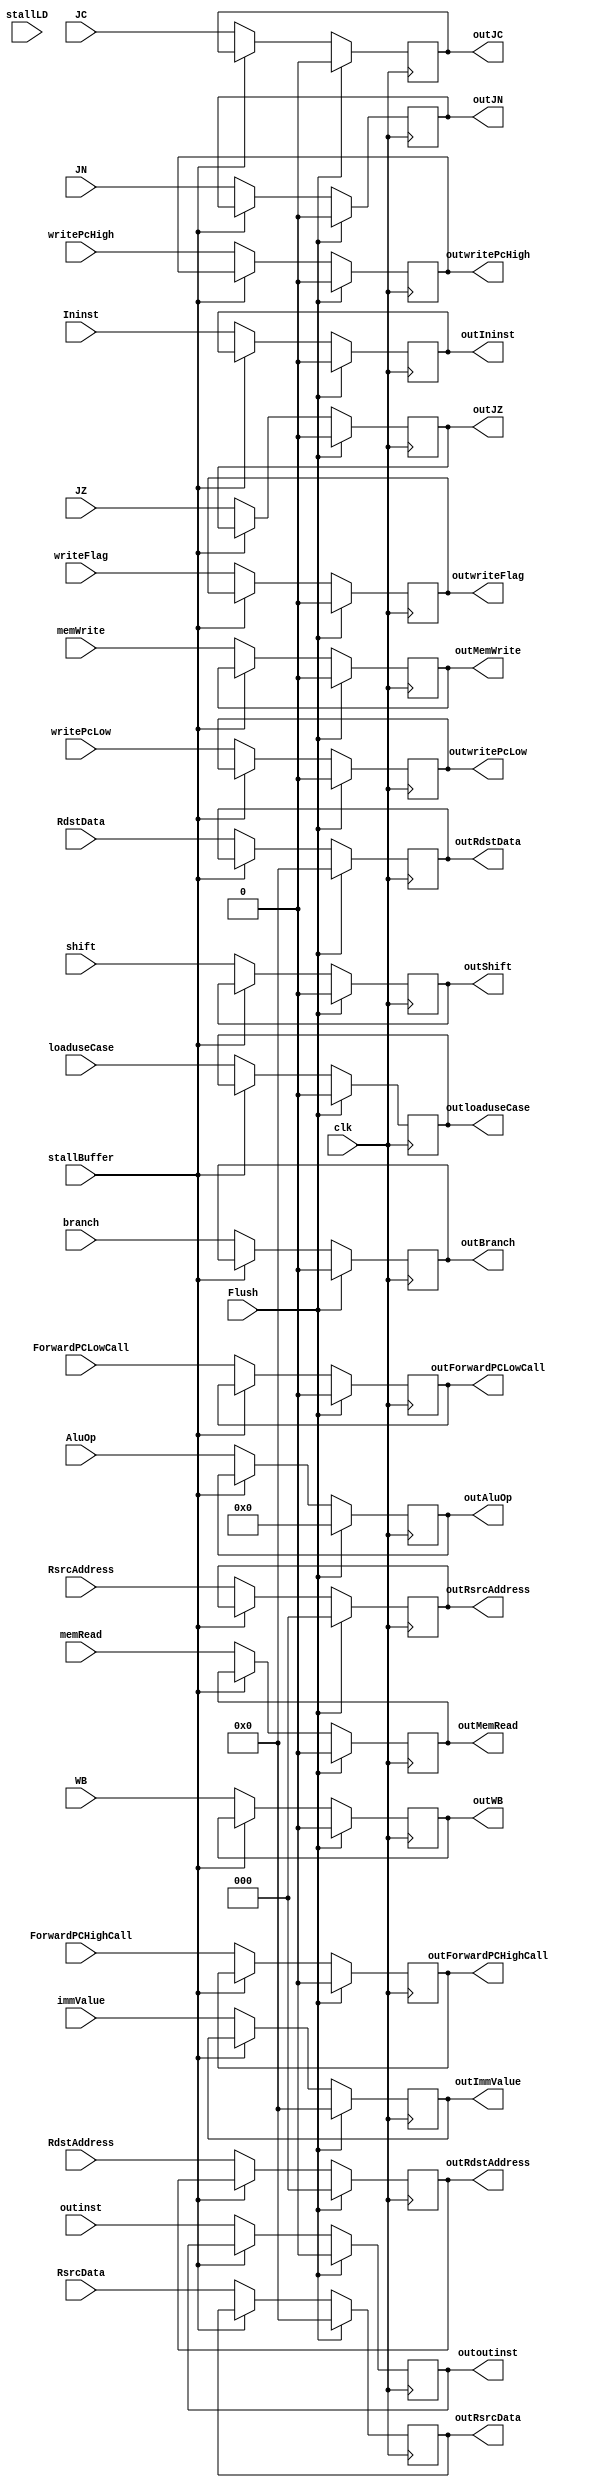
module ID_IE (
    input clk,
    input [15:0] RsrcData,
    input [15:0] RdstData,
    input [15:0] immValue,
    input [2:0] RsrcAddress,
    input [2:0] RdstAddress,
    input [3:0] AluOp,
    input WB,
    input memRead,
    input memWrite,
    input branch,
    input JZ,
    input JC,
    input JN,
    input shift,
    input writeFlag,
    input writePcHigh,
    input writePcLow,
    input loaduseCase,
    input stallBuffer,
    output [15:0] outRsrcData,
    output [15:0] outRdstData,
    output [2:0] outRsrcAddress,
    output [2:0] outRdstAddress,
    output [3:0] outAluOp,
    output outWB,
    output outMemRead,
    output outMemWrite,
    output outBranch,
    output outJZ,
    output outJC,
    output outJN,
    output outShift,
    output [15:0] outImmValue,
    input Flush,
    input stallLD,
    output outwriteFlag,
    output outwritePcHigh,
    output outwritePcLow,
    input ForwardPCHighCall,
    input ForwardPCLowCall,
    output outForwardPCHighCall,
    output outForwardPCLowCall,
    output outloaduseCase,
    input Ininst,
    input outinst,
    output outIninst,
    output outoutinst
);

always @(posedge clk) begin
    if (stallBuffer == 0) begin
        outRsrcData = RsrcData;
        outRdstData = RdstData;
        outRsrcAddress = RsrcAddress;
        outRdstAddress = RdstAddress;
        outAluOp = AluOp;
        outWB = WB;
        outMemRead = memRead;
        outMemWrite = memWrite;
        outBranch = branch;
        outShift = shift;
        outImmValue = immValue;
        outJZ = JZ;
        outJC = JC;
        outJN = JN;
        outwriteFlag = writeFlag;
        outwritePcHigh = writePcHigh;
        outwritePcLow = writePcLow;
        outForwardPCHighCall = ForwardPCHighCall;
        outForwardPCLowCall = ForwardPCLowCall;
        outloaduseCase = loaduseCase;
        outIninst = Ininst;
        outoutinst = outinst;
    end
    if (Flush == 1) begin
        outRsrcData = 0;
        outRdstData = 0;
        outRsrcAddress = 0;
        outRdstAddress = 0;
        outAluOp = 0;
        outWB = 0;
        outMemRead = 0;
        outMemWrite = 0;
        outBranch = 0;
        outShift = 0;
        outImmValue = 0;
        outJZ = 0;
        outJC = 0;
        outJN = 0;
        outwriteFlag = 0;
        outwritePcHigh = 0;
        outwritePcLow = 0;
        outForwardPCHighCall = 0;
        outForwardPCLowCall = 0;
        outloaduseCase = 0;
        outIninst = 0;
        outoutinst = 0;
    end
end

endmodule